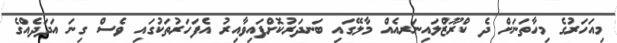
މިއަހަރުގެ މިހާތަނަށް ދެ ކްރޫޒްލައިނަރއެއް މާލޭގައި ބަނދަރުކޮށްފައިވާއިރު އެފަހަރުތަކުގައި ވެސް ގިނަ އަދަދެއްގެ